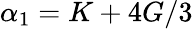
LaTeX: \alpha_{1}=K+4G/3